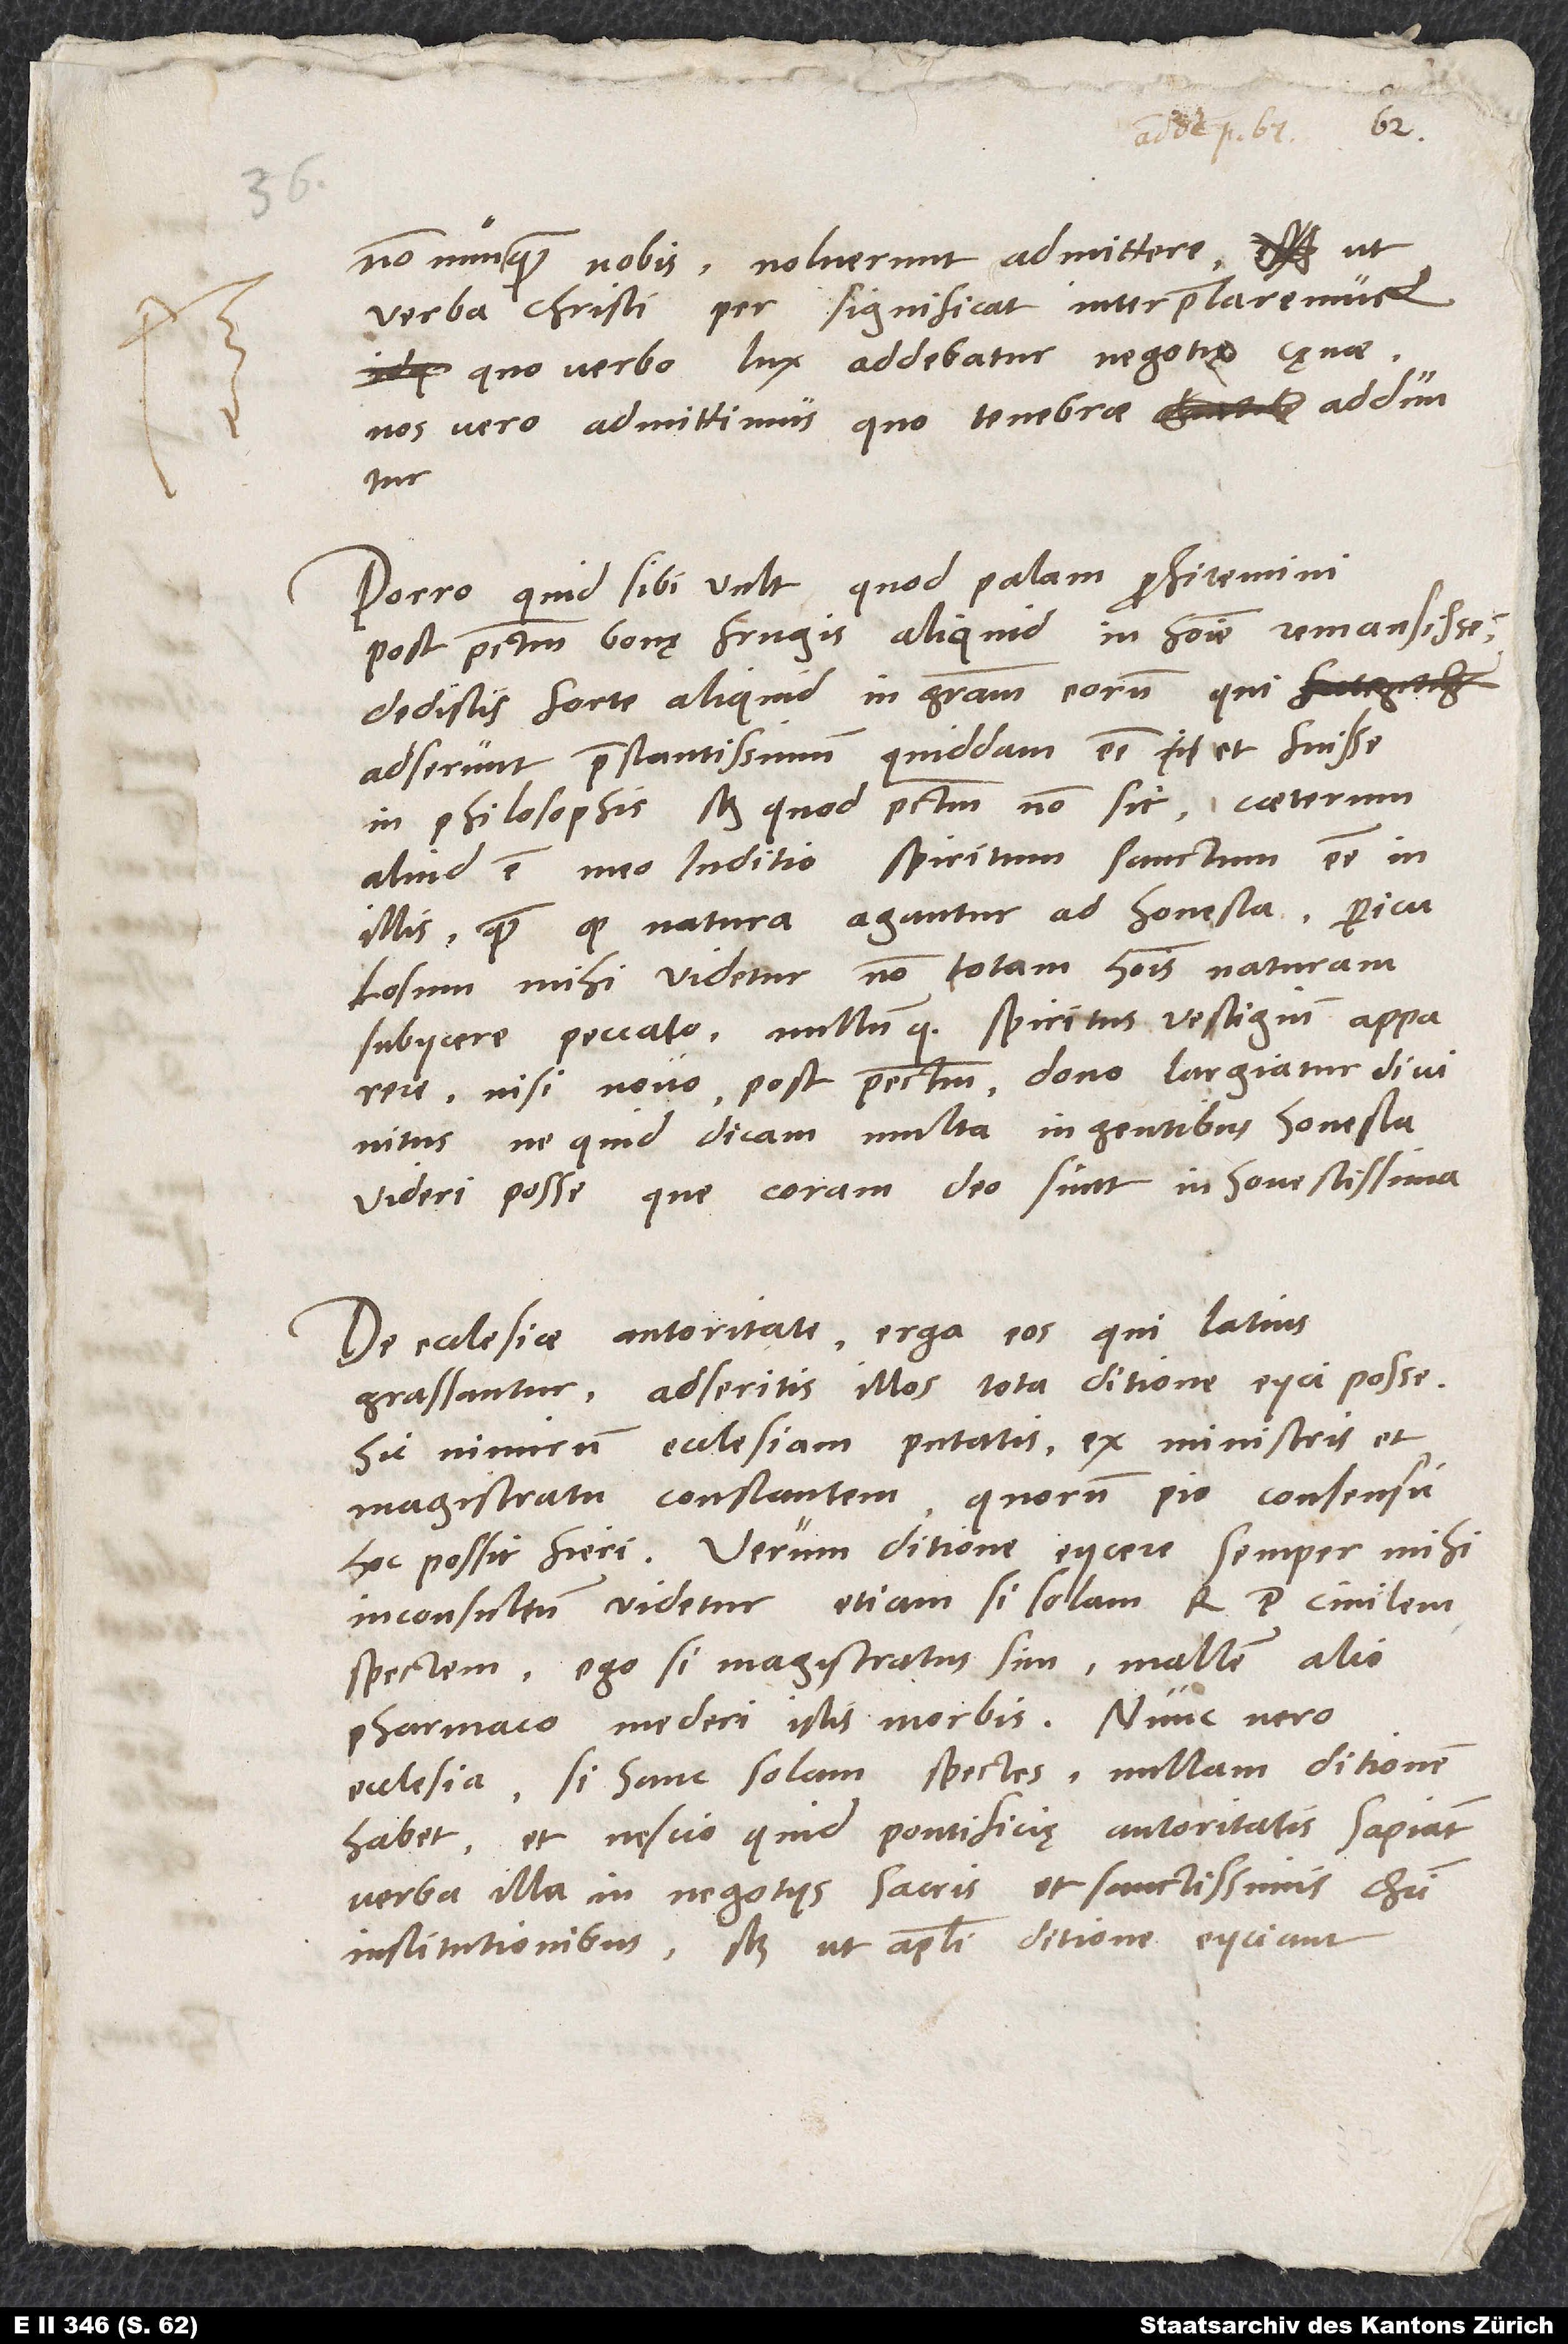
nonnunquam nobis, noluerunt admittere, ut
verba Christi per "significat" interpretaremur,
quo verbo lux addebatur negotio cęnae;
nos vero admittimus, quo tenebrae adduntur.
Porro quid sibi vult, quod palam profitemini
post peccatum bonę frugis aliquid in homine remansisse?
Dedistis forte aliquid in gratiam eorum, qui
adserunt praestantissimum quiddam esse et fuisse
in philosophis, scilicet quod peccatum non sit. Caeterum
aliud est meo iuditio spiritum sanctum esse in
illis, quam quod natura agantur ad honesta. Periculosum
mihi videtur non totam hominis naturam
subiicere peccato, nullumque spiritus vestigium apparere,
nisi novo post peccatum dono largiatur divinitus
ne quid dicam multa in gentibus honesta
videri posse, que coram deo sunt inhonestissima.
De ecclesiae autoritate erga eos, qui latius
grassantur, adseritis illos tota ditione eiici posse.
Hic nimirum ecclesiam putatis ex ministris et
magistratu constantem, quorum pio consensu
hoc possit fieri. Verum ditione eiicere semper mihi
inconsultum videtur, etiam si solam rempublicam civilem
spectem. Ego si magistratus sim, mallem alio
pharmaco mederi istis morbis. Nunc vero
ecclesia, si hanc solam spectes, nullam ditionem
habet, et nescio quid pontificię autoritatis sapiant
verba illa in negotiis sacris et sanctissimis Christi
institutionibus, scilicet ut apostoli ditione eiiciant,